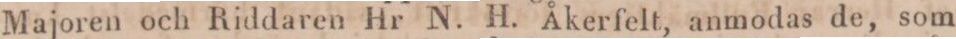
Majoren och Riddaren Hr N. H. Åkerfelt, anmodas de, som